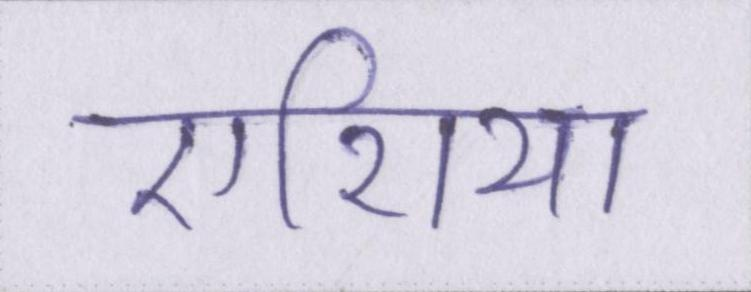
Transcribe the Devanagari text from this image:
एशिया